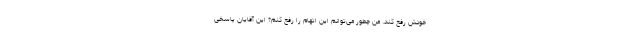
خودش رفع کند. من چطور می‌توانم این اتهام را رفع کنم؟ این آقایان پاسخی